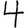
Digit: 4